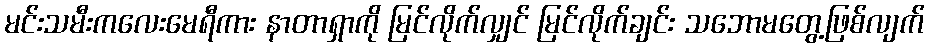
မင်းသမီးကလေးမေရီကား နာတာရှာကို မြင်လိုက်လျှင် မြင်လိုက်ချင်း သဘောမတွေ့ဖြစ်လျက်